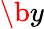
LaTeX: \b{y}